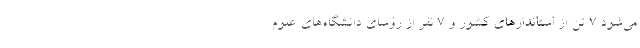
می‌شود ۷ تن از استاندارهای کشور و ۷ نفر از رؤسای دانشگاه‌های علوم